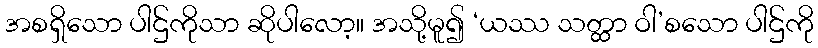
အစရှိသော ပါဌ်ကိုသာ ဆိုပါလော့။ အသို့မူ၍ ‘ယဿ သတ္ထာ ဝါ’စသော ပါဌ်ကို